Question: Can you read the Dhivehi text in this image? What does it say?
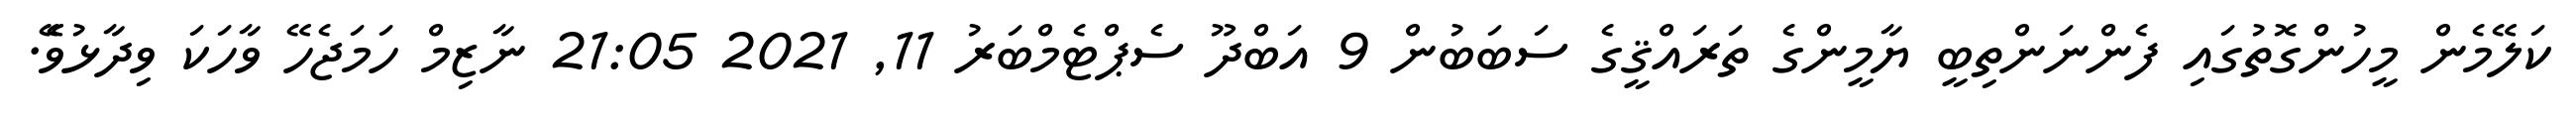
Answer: ކަލޭމެން މީހުންގޮތުގައި ފެންނަންތިބީ ޔާމީންގެ ތަރައްޤީގެ ސަބަބުން 9 އަބްދޫ ސެޕްޓެމްބަރު 11, 2021 21:05 ނާޒިމް ހަމަޖެހޭ ވާހަކަ ވިދާޅުވެޭ.